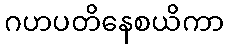
ဂဟပတိနေစယိကာ